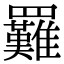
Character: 𦍀